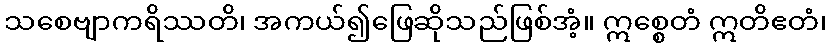
သစေဗျာကရိဿတိ၊ အကယ်၍ဖြေဆိုသည်ဖြစ်အံ့။ ဣစ္စေတံ ဣတိဧတံ၊